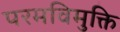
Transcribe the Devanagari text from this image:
परमविमुक्ति